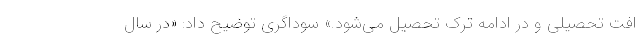
افت تحصیلی و در ادامه ترک تحصیل می‌شود.» سوداگری توضیح داد: «در سال